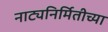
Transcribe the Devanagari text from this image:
नाट्यनिर्मितीच्या